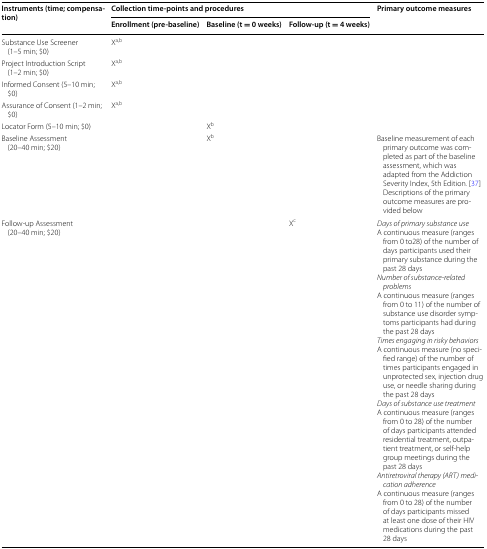
| <ROWSPAN=2> Instruments (time; compensation) | <COLSPAN=3> Collection time-points and procedures | <ROWSPAN=2> Primary outcome measures |
 | Enrollment (pre-baseline) | Baseline (t = 0 weeks) | Follow-up (t = 4 weeks) |
 | --- | --- | --- | --- | --- |
 | Substance Use Screener (1–5 min; $0) | Xa,b |  |  |  |
 | Project Introduction Script (1–2 min; $0) | Xa,b |  |  |  |
 | Informed Consent (5–10 min; $0) | Xa,b |  |  |  |
 | Assurance of Consent (1–2 min; $0) | Xa,b |  |  |  |
 | Locator Form (5–10 min; $0) |  | Xb |  |  |
 | Baseline Assessment (20–40 min; $20) |  | Xb |  | Baseline measurement of each primary outcome was completed as part of the baseline assessment, which was adapted from the Addiction Severity Index, 5th Edition. [37] Descriptions of the primary outcome measures are provided below |
 | Follow-up Assessment (20–40 min; $20) |  |  | Xc | Days of primary substance useA continuous measure (ranges from 0 to28) of the number of days participants used their primary substance during the past 28 daysNumber of substance-related problemsA continuous measure (ranges from 0 to 11) of the number of substance use disorder symptoms participants had during the past 28 daysTimes engaging in risky behaviorsA continuous measure (no specified range) of the number of times participants engaged in unprotected sex, injection drug use, or needle sharing during the past 28 daysDays of substance use treatmentA continuous measure (ranges from 0 to 28) of the number of days participants attended residential treatment, outpatient treatment, or self-help group meetings during the past 28 daysAntiretroviral therapy (ART) medication adherenceA continuous measure (ranges from 0 to 28) of the number of days participants missed at least one dose of their HIV medications during the past 28 days |